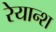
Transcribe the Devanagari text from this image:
रेयान्श